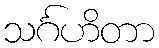
သင်္ဂဟိတာ